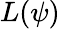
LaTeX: L(\psi)